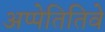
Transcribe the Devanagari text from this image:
अप्पेतितिवे